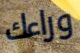
وراءك